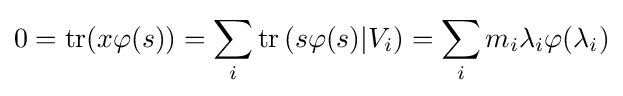
0=\operatorname {tr} (x\varphi (s))=\sum _{i}\operatorname {tr} \left(s\varphi (s)|V_{i}\right)=\sum _{i}m_{i}\lambda _{i}\varphi (\lambda _{i})